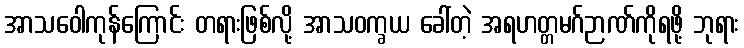
အာသဝေါကုန်ကြောင်း တရားဖြစ်လို့ အာသဝက္ခယ ခေါ်တဲ့ အရဟတ္တမဂ်ဉာဏ်ကိုရဖို့ ဘုရား